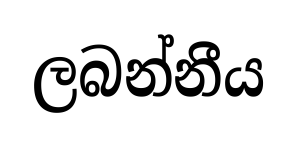
ලබන්නීය